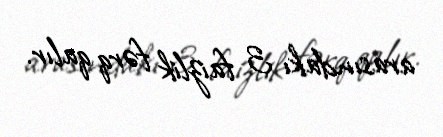
arasındakı 3 faizlik fərq qalır.